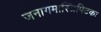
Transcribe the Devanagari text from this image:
जैनागमास्त्रिपिटकः